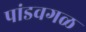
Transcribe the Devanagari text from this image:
पांडवगळ